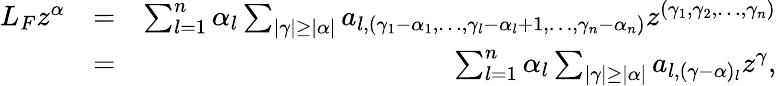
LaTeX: \begin{array}{rlr}{L_{F}z^{\alpha}}&{=}&{\sum_{l=1}^{n}\alpha_{l}\sum_{|\gamma|\geq|\alpha|}a_{l,\left(\gamma_{1}-\alpha_{1},\dots,\gamma_{l}-\alpha_{l}+1,\dots,\gamma_{n}-\alpha_{n}\right)}z^{(\gamma_{1},\gamma_{2},\dots,\gamma_{n})}}\\ &{=}&{\sum_{l=1}^{n}\alpha_{l}\sum_{|\gamma|\geq|\alpha|}a_{l,(\gamma-\alpha)_{l}}z^{\gamma},}\end{array}